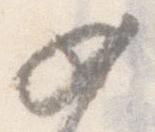
如